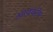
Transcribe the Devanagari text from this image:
आयकॉम